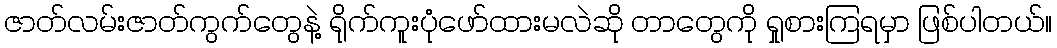
ဇာတ်လမ်းဇာတ်ကွက်တွေနဲ့ ရိုက်ကူးပုံဖော်ထားမလဲဆို တာတွေကို ရှုစားကြရမှာ ဖြစ်ပါတယ်။